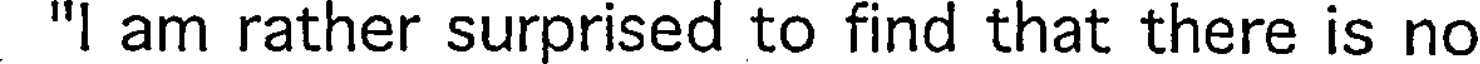
"I am rather surprised to find that there is no